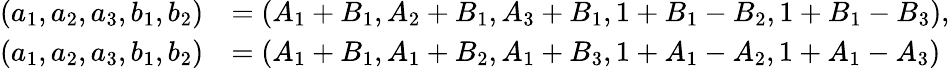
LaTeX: \begin{array}{rl}{(a_{1},a_{2},a_{3},b_{1},b_{2})}&{=(A_{1}+B_{1},A_{2}+B_{1},A_{3}+B_{1},1+B_{1}-B_{2},1+B_{1}-B_{3}),}\\ {(a_{1},a_{2},a_{3},b_{1},b_{2})}&{=(A_{1}+B_{1},A_{1}+B_{2},A_{1}+B_{3},1+A_{1}-A_{2},1+A_{1}-A_{3})}\end{array}